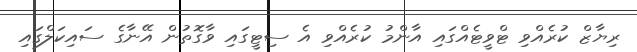
ރިޔާޒް ކުރެއްވި ޓްވީޓެއްގައި އާންމު ކުރެއްވި އެ ސިޓީގައި ވާގޮތުން އޭނާގެ ސައިކަލްގައި